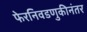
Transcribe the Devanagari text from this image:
फेरनिवडणुकीनंतर